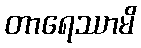
တာရေဿာမိ